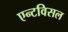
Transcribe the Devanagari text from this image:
एन्टविसल